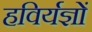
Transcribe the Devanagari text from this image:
हविर्यज्ञों